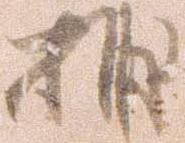
捕